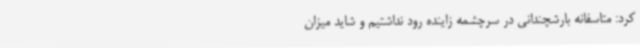
کرد: متاسفانه بارشچندانی در سرچشمه زاینده رود نداشتیم و شاید میزان